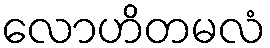
လောဟိတမလံ